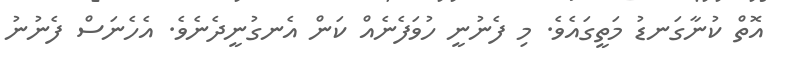
އޮތް ކުނާގަނޑު މަތީގައެވެ. މި ފެނުނީ ހުވަފެނެއް ކަން އެނގުނީދެނެވެ. އެހެނަސް ފެނުނު